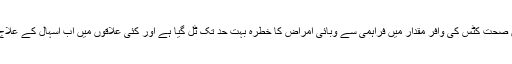
ہیلری باور نے بتایا کہ متاثرین کو صاف پانی اور حفظان صحت کٹس کی وافر مقدار میں فراہمی سے وبائی امراض کا خطرہ بہت حد تک ٹل گیا ہے اور کئی علاقوں میں اب اسہال کے علاج کے لیے قائم خصوصی سینٹربھی ختم کیے جا رہے ہیں۔